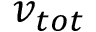
v _ { t o t }